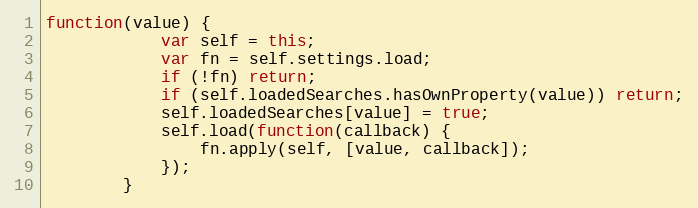
Language: JavaScript
function(value) {
			var self = this;
			var fn = self.settings.load;
			if (!fn) return;
			if (self.loadedSearches.hasOwnProperty(value)) return;
			self.loadedSearches[value] = true;
			self.load(function(callback) {
				fn.apply(self, [value, callback]);
			});
		}